Proceedings of the meeting of veterinary officers in India
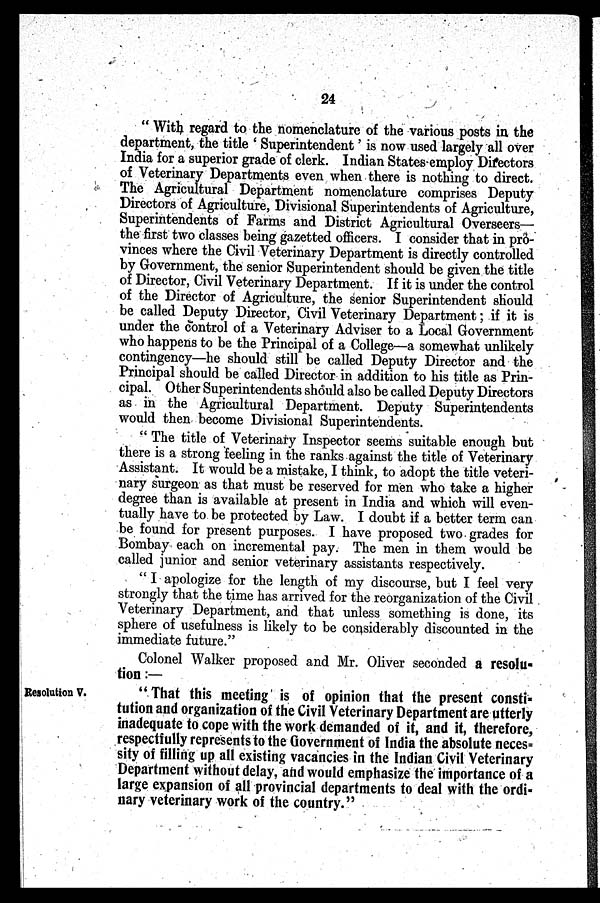
24
" With regard to the nomenclature of the various posts in the
department, the title ' Superintendent ' is now used largely all over
India for a superior grade of clerk. Indian States employ Directors
of Veterinary Departments even when there is nothing to direct.
The Agricultural Department nomenclature comprises Deputy
Directors of Agriculture, Divisional Superintendents of Agriculture,
Superintendents of Farms and District Agricultural Overseers—
the first two classes being gazetted officers. I consider that in pro-
vinces where the Civil Veterinary Department is directly controlled
by Government, the senior Superintendent should be given the title
of Director, Civil Veterinary Department. If it is under the control
of the Director of Agriculture, the senior Superintendent should
be called Deputy Director, Civil Veterinary Department ; if it is
under the control of a Veterinary Adviser to a Local Government
who happens to be the Principal of a College—a somewhat unlikely
contingency—he should still be called Deputy Director and the
Principal should be called Director in addition to his title as Prin-
cipal. Other Superintendents should also be called Deputy Directors
as in the Agricultural Department. Deputy Superintendents
would then become Divisional Superintendents.
" The title of Veterinary Inspector seems suitable enough but
there is a strong feeling in the ranks against the title of Veterinary
Assistant. It would be a mistake, I think, to adopt the title veteri-
nary surgeon as that must be reserved for men who take a higher
degree than is available at present in India and which will even-
tually have to be protected by Law. I doubt if a better term can
be found for present purposes. I have proposed two grades for
Bombay each on incremental pay. The men in them would be
called junior and senior veterinary assistants respectively.
" I apologize for the length of my discourse, but I feel very
strongly that the time has arrived for the reorganization of the Civil
Veterinary Department, and that unless something is done, its
sphere of usefulness is likely to be considerably discounted in the
immediate future."
Colonel Walker proposed and Mr. Oliver seconded a resolu-
tion :—
Resolution V.
" That this meeting is of opinion that the present consti-
tution and organization of the Civil Veterinary Department are utterly
inadequate to cope with the work demanded of it, and it, therefore,
respectfully represents to the Government of India the absolute neces-
sity of filling up all existing vacancies in the Indian Civil Veterinary
Department without delay, and would emphasize the importance of a
large expansion of all provincial departments to deal with the ordi-
nary veterinary work of the country."